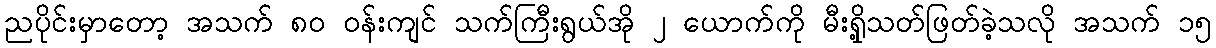
ညပိုင်းမှာတော့ အသက် ၈၀ ဝန်းကျင် သက်ကြီးရွယ်အို ၂ ယောက်ကို မီးရှို့သတ်ဖြတ်ခဲ့သလို အသက် ၁၅